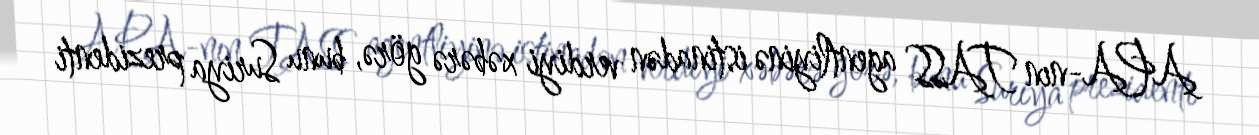
APA-nın TASS agentliyinə istinadən verdiyi xəbərə görə, bunu Suriya prezidenti